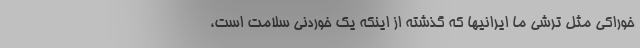
خوراکی مثل ترشی ما ایرانیها که گذشته از اینکه یک خوردنی سلامت است،